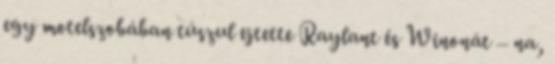
egy motelszobában túszul ejtette Raylant és Winonát – na,